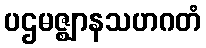
ပဌမဇ္ဈာနသဟဂတံ